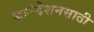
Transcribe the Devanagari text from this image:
फाउंडेशनसाठी